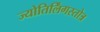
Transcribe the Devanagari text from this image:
ज्योतिर्लिंगस्तोत्र